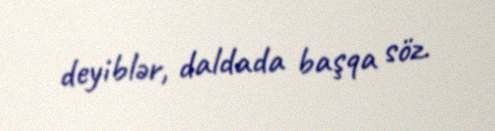
deyiblər, daldada başqa söz.